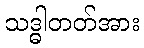
သဒ္ဓါတတ်အား